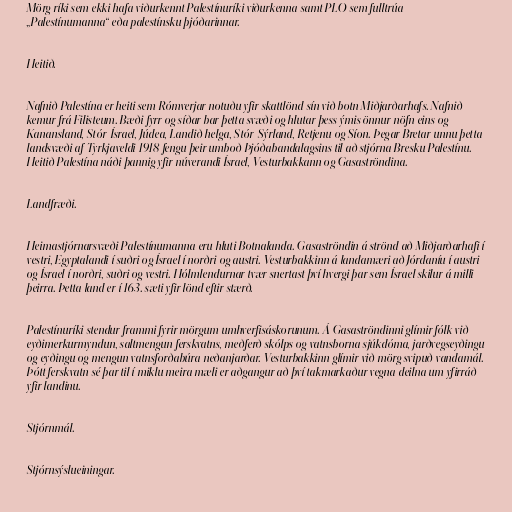
Mörg ríki sem ekki hafa viðurkennt Palestínuríki viðurkenna samt PLO sem fulltrúa
„Palestínumanna“ eða palestínsku þjóðarinnar.

Heitið.

Nafnið Palestína er heiti sem Rómverjar notuðu yfir skattlönd sín við botn Miðjarðarhafs. Nafnið
kemur frá Filisteum. Bæði fyrr og síðar bar þetta svæði og hlutar þess ýmis önnur nöfn eins og
Kanansland, Stór-Ísrael, Júdea, Landið helga, Stór-Sýrland, Retjenu og Síon. Þegar Bretar unnu þetta
landsvæði af Tyrkjaveldi 1918 fengu þeir umboð Þjóðabandalagsins til að stjórna Bresku Palestínu.
Heitið Palestína náði þannig yfir núverandi Ísrael, Vesturbakkann og Gasaströndina.

Landfræði.

Heimastjórnarsvæði Palestínumanna eru hluti Botnalanda. Gasaströndin á strönd að Miðjarðarhafi í
vestri, Egyptalandi í suðri og Ísrael í norðri og austri. Vesturbakkinn á landamæri að Jórdaníu í austri
og Ísrael í norðri, suðri og vestri. Hólmlendurnar tvær snertast því hvergi þar sem Ísrael skilur á milli
þeirra. Þetta land er í 163. sæti yfir lönd eftir stærð.

Palestínuríki stendur frammi fyrir mörgum umhverfisáskorunum. Á Gasaströndinni glímir fólk við
eyðimerkurmyndun, saltmengun ferskvatns, meðferð skólps og vatnsborna sjúkdóma, jarðvegseyðingu
og eyðingu og mengun vatnsforðabúra neðanjarðar. Vesturbakkinn glímir við mörg svipuð vandamál.
Þótt ferskvatn sé þar til í miklu meira mæli er aðgangur að því takmarkaður vegna deilna um yfirráð
yfir landinu.

Stjórnmál.

Stjórnsýslueiningar.